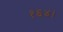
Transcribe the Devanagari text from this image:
१६४।